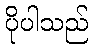
ပိုပါသည်